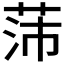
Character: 𱽫